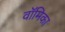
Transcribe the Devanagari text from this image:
वॉमिका